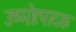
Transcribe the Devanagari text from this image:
उष्मोत्पादक